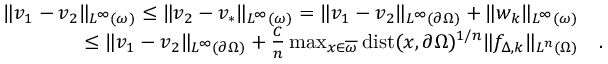
\begin{array} { r l } { \| v _ { 1 } - v _ { 2 } \| _ { L ^ { \infty } ( \omega ) } \leq \| v _ { 2 } - v _ { * } \| _ { L ^ { \infty } ( \omega ) } = \| v _ { 1 } - v _ { 2 } \| _ { L ^ { \infty } ( \partial \Omega ) } + \| w _ { k } \| _ { L ^ { \infty } ( \omega ) } } & { } \\ { \leq \| v _ { 1 } - v _ { 2 } \| _ { L ^ { \infty } ( \partial \Omega ) } + \frac { C } { n } \operatorname* { m a x } _ { x \in \overline { { \omega } } } \mathrm { d i s t } ( x , \partial \Omega ) ^ { 1 / n } \| f _ { \Delta , k } \| _ { L ^ { n } ( \Omega ) } } & { . } \end{array}